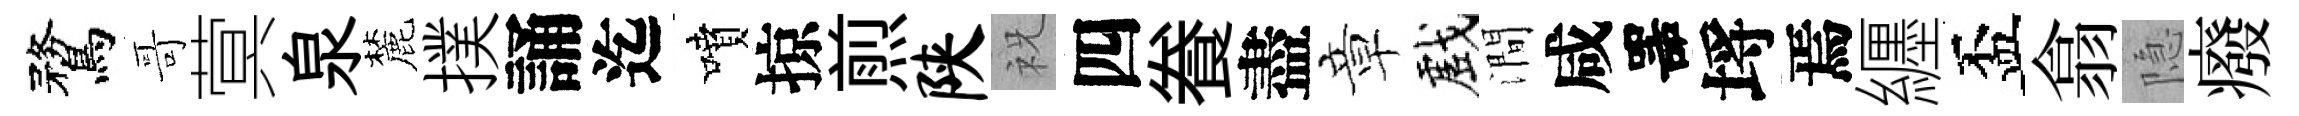
鶩哥蓂泉麓撲誦迄噴掠煎陕祝四飬盡章戲澗咸噐埓焉纒盃翕隐癈